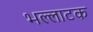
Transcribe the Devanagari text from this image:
भल्लाटक